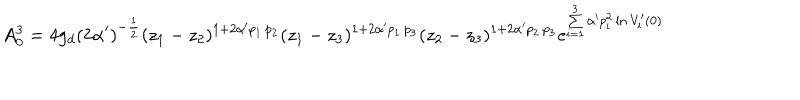
A _ { 0 } ^ { 3 } = 4 g _ { d } \left( 2 \alpha ^ { \prime } \right) ^ { - \frac { 1 } { 2 } } ( z _ { 1 } - z _ { 2 } ) ^ { 1 + 2 \alpha ^ { \prime } p _ { 1 \cdot } p _ { 2 } } ( z _ { 1 } - z _ { 3 } ) ^ { 1 + 2 \alpha ^ { \prime } p _ { 1 \cdot } p _ { 3 } } ( z _ { 2 } - z _ { 3 } ) ^ { 1 + 2 \alpha ^ { \prime } p _ { 2 \cdot } p _ { 3 } } e ^ { \sum _ { i = 1 } ^ { 3 } \alpha ^ { \prime } p _ { i } ^ { 2 } \ln V _ { i } ^ { \prime } ( 0 ) }